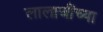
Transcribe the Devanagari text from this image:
लालाजींच्या